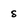
Character: s